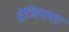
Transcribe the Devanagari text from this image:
इंजिनयर